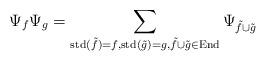
LaTeX: \begin{align*}\Psi_f \Psi_g=\sum_{{\rm std}(\tilde{f})=f,{\rm std}(\tilde{g})=g,\tilde{f}\cup\tilde{g}\in{\rm End}}\Psi_{\tilde{f}\cup\tilde{g}}\end{align*}